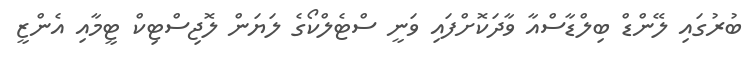
ބުރުގައި ލޭންޑް ބިލްޑާސްއާ ވާދަކޮށްފައި ވަނީ ސްޓެލްކޯގެ ލަޔަން ލޮޖިސްޓިކް ޓީމާއި އެންޒީ